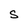
Character: S